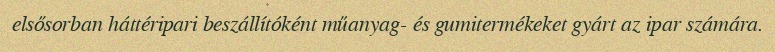
elsősorban háttéripari beszállítóként műanyag- és gumitermékeket gyárt az ipar számára.